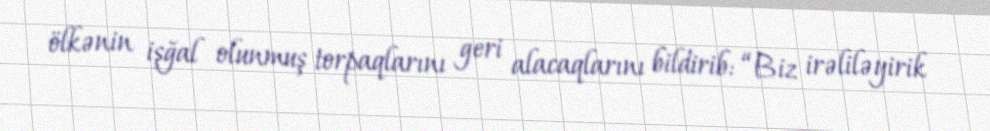
ölkənin işğal olunmuş torpaqlarını geri alacaqlarını bildirib: “Biz irəliləyirik